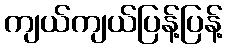
ကျယ်ကျယ်ပြန့်ပြန့်